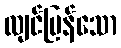
လျင်မြန်သော